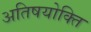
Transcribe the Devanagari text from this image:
अतिषयोक्ति